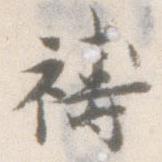
祷